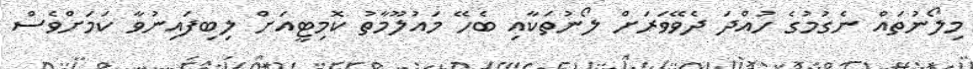
މިލޯނުތައް ނެގުމުގެ ހުއްދަ ދެވޭވަރަށް ލޯނުތަކާއި ބެހޭ މައުލޫމާތު ކޮމިޓީއަށް ލިބިފައިނުވާ ކަމަށްވެސް